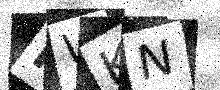
Text: KWKN